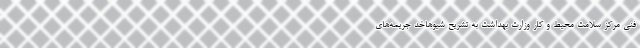
فنی مرکز سلامت محیط و کار وزارت بهداشت به تشریح شیوهاخد جریمه‌های